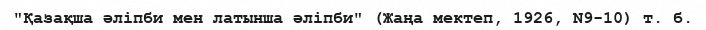
"Қазақша әліпби мен латынша әліпби" (Жаңа мектеп, 1926, N9-10) т. б.